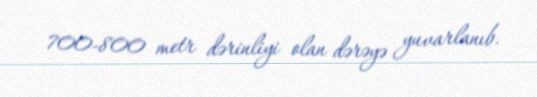
700-800 metr dərinliyi olan dərəyə yuvarlanıb.